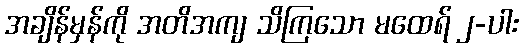
အချိန်မှန်ကို အတိအကျ သိကြသော မထေရ် ၂-ပါး